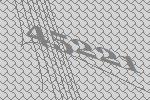
45221